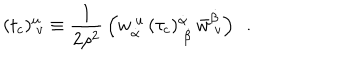
( t _ { c } ) _ { ~ v } ^ { u } \equiv { \frac { 1 } { 2 \rho ^ { 2 } } } \left( w _ { \dot { \alpha } } ^ { ~ u } \, ( \tau _ { c } ) _ { ~ \dot { \beta } } ^ { \dot { \alpha } } \, \bar { w } _ { ~ v } ^ { \dot { \beta } } \right) ~ ~ .